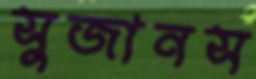
সুজানস